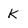
Character: K